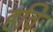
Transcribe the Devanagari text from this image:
हविः